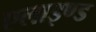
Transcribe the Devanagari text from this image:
एलाइण्ड